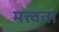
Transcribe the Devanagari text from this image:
मत्त्वता